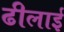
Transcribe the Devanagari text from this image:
ढीलाई